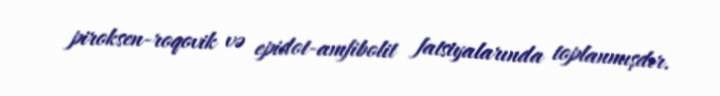
piroksen-roqovik və epidot-amfibolit fatsiyalarında toplanmışdır.